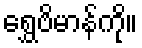
ရွှေဗိမာန်ကို။